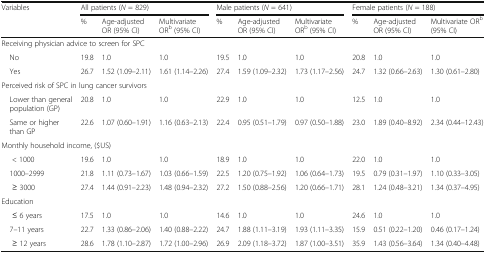
<table><thead><tr><td rowspan="2"><b>Variables</b></td><td colspan="3"><b>All patients (<i>N</i> = 829)</b></td><td colspan="3"><b>Male patients (<i>N</i> = 641)</b></td><td colspan="3"><b>Female patients (<i>N</i> = 188)</b></td></tr><tr><td><b>%</b></td><td><b>Age-adjusted OR (95% CI)</b></td><td><b>Multivariate OR<sup>b</sup> (95% CI)</b></td><td><b>%</b></td><td><b>Age-adjusted OR (95% CI)</b></td><td><b>Multivariate OR<sup>b</sup> (95% CI)</b></td><td><b>%</b></td><td><b>Age-adjusted OR (95% CI)</b></td><td><b>Multivariate OR<sup>b</sup> (95% CI)</b></td></tr></thead><tbody><tr><td colspan="10">Receiving physician advice to screen for SPC</td></tr><tr><td> No</td><td>19.8</td><td>1.0</td><td>1.0</td><td>19.5</td><td>1.0</td><td>1.0</td><td>20.8</td><td>1.0</td><td>1.0</td></tr><tr><td> Yes</td><td>26.7</td><td>1.52 (1.09–2.11)</td><td>1.61 (1.14–2.26)</td><td>27.4</td><td>1.59 (1.09–2.32)</td><td>1.73 (1.17–2.56)</td><td>24.7</td><td>1.32 (0.66–2.63)</td><td>1.30 (0.61–2.80)</td></tr><tr><td colspan="10">Perceived risk of SPC in lung cancer survivors</td></tr><tr><td> Lower than general population (GP)</td><td>20.8</td><td>1.0</td><td>1.0</td><td>22.9</td><td>1.0</td><td>1.0</td><td>12.5</td><td>1.0</td><td>1.0</td></tr><tr><td> Same or higher than GP</td><td>22.6</td><td>1.07 (0.60–1.91)</td><td>1.16 (0.63–2.13)</td><td>22.4</td><td>0.95 (0.51–1.79)</td><td>0.97 (0.50–1.88)</td><td>23.0</td><td>1.89 (0.40–8.92)</td><td>2.34 (0.44–12.43)</td></tr><tr><td colspan="10">Monthly household income, ($US)</td></tr><tr><td>&lt; 1000</td><td>19.6</td><td>1.0</td><td>1.0</td><td>18.9</td><td>1.0</td><td>1.0</td><td>22.0</td><td>1.0</td><td>1.0</td></tr><tr><td> 1000–2999</td><td>21.8</td><td>1.11 (0.73–1.67)</td><td>1.03 (0.66–1.59)</td><td>22.5</td><td>1.20 (0.75–1.92)</td><td>1.06 (0.64–1.73)</td><td>19.5</td><td>0.79 (0.31–1.97)</td><td>1.10 (0.33–3.05)</td></tr><tr><td>≥ 3000</td><td>27.4</td><td>1.44 (0.91–2.23)</td><td>1.48 (0.94–2.32)</td><td>27.2</td><td>1.50 (0.88–2.56)</td><td>1.20 (0.66–1.71)</td><td>28.1</td><td>1.24 (0.48–3.21)</td><td>1.34 (0.37–4.95)</td></tr><tr><td colspan="10">Education</td></tr><tr><td>≤ 6 years</td><td>17.5</td><td>1.0</td><td>1.0</td><td>14.6</td><td>1.0</td><td>1.0</td><td>24.6</td><td>1.0</td><td>1.0</td></tr><tr><td> 7–11 years</td><td>22.7</td><td>1.33 (0.86–2.06)</td><td>1.40 (0.88–2.22)</td><td>24.7</td><td>1.88 (1.11–3.19)</td><td>1.93 (1.11–3.35)</td><td>15.9</td><td>0.51 (0.22–1.20)</td><td>0.46 (0.17–1.24)</td></tr><tr><td>≥ 12 years</td><td>28.6</td><td>1.78 (1.10–2.87)</td><td>1.72 (1.00–2.96)</td><td>26.9</td><td>2.09 (1.18–3.72)</td><td>1.87 (1.00–3.51)</td><td>35.9</td><td>1.43 (0.56–3.64)</td><td>1.34 (0.40–4.48)</td></tr></tbody></table>